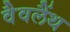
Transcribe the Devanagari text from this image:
वैवलैंथ